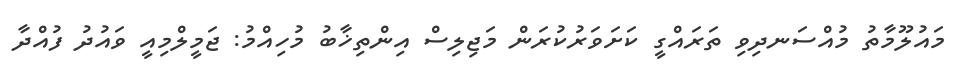
މައުލޫމާތު މުއްސަނދިވި ތަރައްގީ ކަށަވަރުކުރަން މަޖިލިސް އިންތިޚާބު މުހިއްމު: ޖަމީލްމިއީ ވައުދު ފުއްދާ